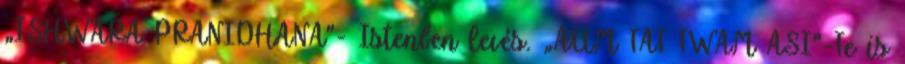
„ISHWARA PRANIDHANA”- Istenben levés. „AUM TAT TWAM ASI”-Te is